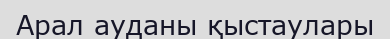
Арал ауданы қыстаулары